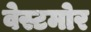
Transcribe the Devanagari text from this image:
वेस्टमोर